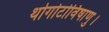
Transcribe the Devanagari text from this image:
थोगोटोविषाणु।